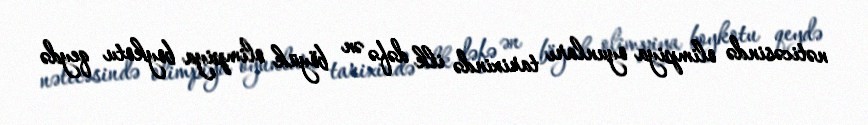
nəticəsində olimpiya oyunları tarixində ilk dəfə ən böyük olimpiya boykotu qeydə